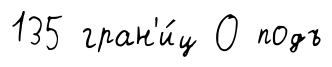
135 гран'и́ц О подъ